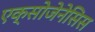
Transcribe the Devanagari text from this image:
एक्सोजेनेसिस